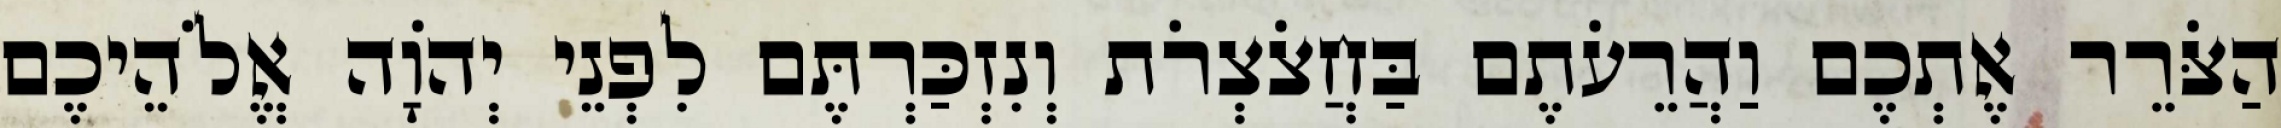
הַצֹּרֵר אֶתְכֶם וַהֲרֵעֹתֶם בַּחֲצֹצְרֹת וְנִזְכַּרְתֶּם לִפְנֵי יְהוָֹה אֱלֹהֵיכֶם